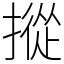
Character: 摐